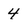
Character: 4